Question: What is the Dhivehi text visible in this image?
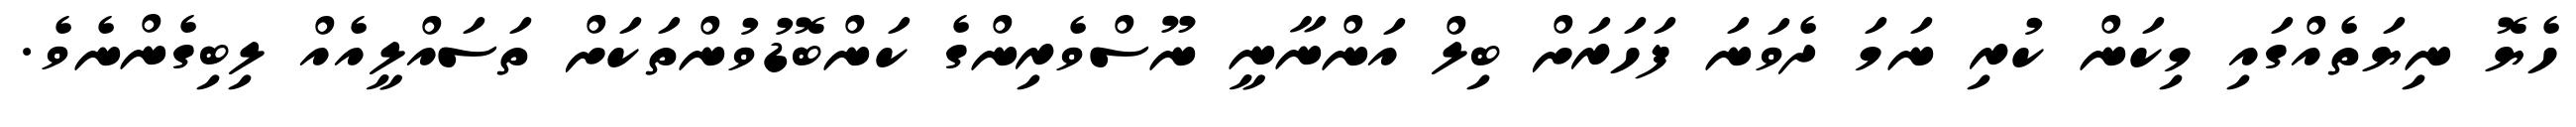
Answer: ހެޔޮ ނިޔަތެއްގައި މިކަން ކުރި ނަމަ ދެވަނަ ފަހަރަށް ބިލް އަންނާނީ ނޫސްވެރިންގެ ކަންބޮޑުވުންތަކަށް ތަސައްލީއެއް ލިބިގެންނެވެ.